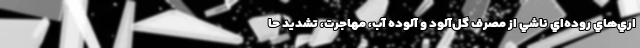
اري‌هاي روده‌اي ناشي از مصرف گل‌آلود و آلوده آب، مهاجرت، تشديد حا